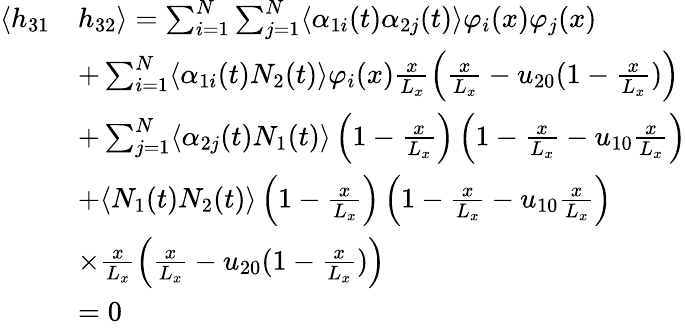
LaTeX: \begin{array}{rl}{\langle h_{31}}&{h_{32}\rangle=\sum_{i=1}^{N}\sum_{j=1}^{N}\langle\alpha_{1i}(t)\alpha_{2j}(t)\rangle\varphi_{i}(x)\varphi_{j}(x)}\\ &{+\sum_{i=1}^{N}\langle\alpha_{1i}(t)N_{2}(t)\rangle\varphi_{i}(x)\frac{x}{L_{x}}\left(\frac{x}{L_{x}}-u_{20}(1-\frac{x}{L_{x}})\right)}\\ &{+\sum_{j=1}^{N}\langle\alpha_{2j}(t)N_{1}(t)\rangle\left(1-\frac{x}{L_{x}}\right)\left(1-\frac{x}{L_{x}}-u_{10}\frac{x}{L_{x}}\right)}\\ &{+\langle N_{1}(t)N_{2}(t)\rangle\left(1-\frac{x}{L_{x}}\right)\left(1-\frac{x}{L_{x}}-u_{10}\frac{x}{L_{x}}\right)}\\ &{\times\frac{x}{L_{x}}\left(\frac{x}{L_{x}}-u_{20}(1-\frac{x}{L_{x}})\right)}\\ &{=0}\end{array}